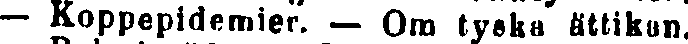
— Koppepidemier. — Om tyska ättikan.